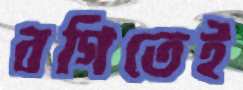
বগিতেই